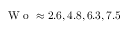
\textrm { W o } \approx 2 . 6 , 4 . 8 , 6 . 3 , 7 . 5